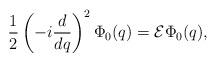
LaTeX: \begin{align*}\frac{1}{2} \left(-i\frac{d}{dq}\right)^2\Phi_0(q) = {\cal E}\Phi_0(q),\end{align*}